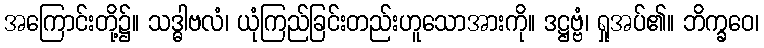
အကြောင်းတို့၌။ သဒ္ဓါဗလံ၊ ယုံကြည်ခြင်းတည်းဟူသောအားကို။ ဒဋ္ဌဗ္ဗံ၊ ရှုအပ်၏။ ဘိက္ခဝေ၊